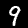
Digit: 9